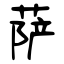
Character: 萨